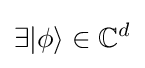
\exists |\phi \rangle \in \mathbb {C} ^{d}